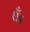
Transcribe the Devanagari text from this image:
सॅंड